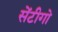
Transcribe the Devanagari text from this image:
सेंटीगो